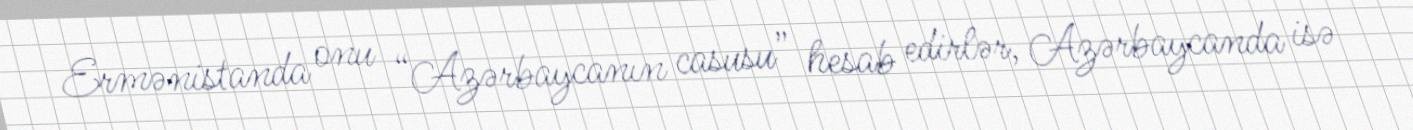
Ermənistanda onu “Azərbaycanın casusu” hesab edirlər, Azərbaycanda isə